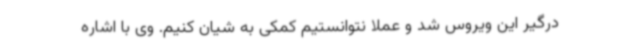
درگیر این ویروس شد و عملا نتوانستیم کمکی به شیان کنیم. وی با اشاره